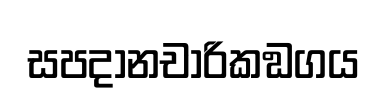
සපදානචාරිකඞගය